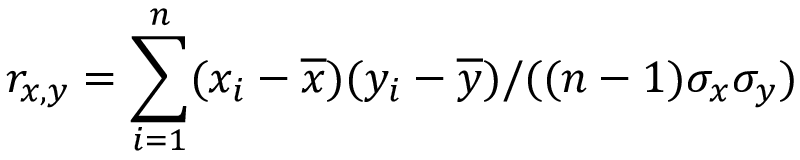
r _ { x , y } = \sum _ { i = 1 } ^ { n } ( x _ { i } - \overline { { x } } ) ( y _ { i } - \overline { { y } } ) / ( ( n - 1 ) \sigma _ { x } \sigma _ { y } )